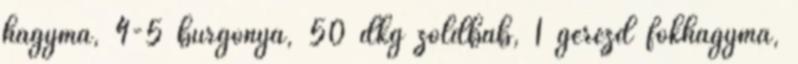
hagyma, 4-5 burgonya, 50 dkg zöldbab, 1 gerezd fokhagyma,